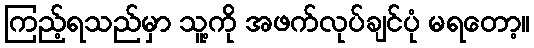
ကြည့်ရသည်မှာ သူ့ကို အဖက်လုပ်ချင်ပုံ မရတော့။